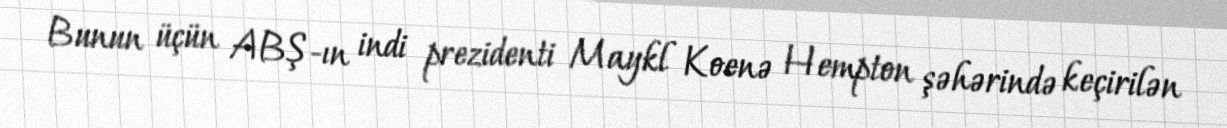
Bunun üçün ABŞ-ın indi prezidenti Maykl Koenə Hempton şəhərində keçirilən